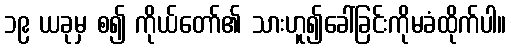
၁၉ ယခုမှ စ၍ ကိုယ်တော်၏ သားဟူ၍ခေါ်ခြင်းကိုမခံထိုက်ပါ။